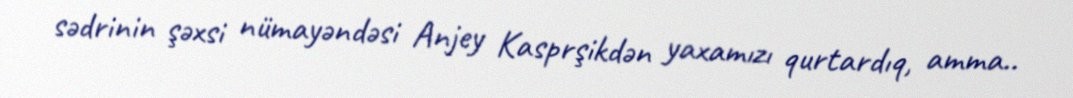
sədrinin şəxsi nümayəndəsi Anjey Kasprşikdən yaxamızı qurtardıq, amma..